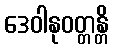
ဒေဝါနုဝတ္တန္တိ